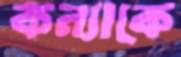
কন্যাকে